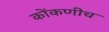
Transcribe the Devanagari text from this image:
कोंकणीच